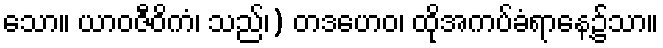
သော။ ယာဝဇီဝိကံ၊ သည်၊) တဒဟေဝ၊ ထိုအကပ်ခံရာနေ့၌သာ။